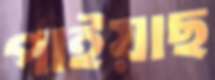
পাইয়াছ